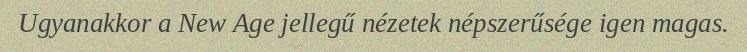
Ugyanakkor a New Age jellegű nézetek népszerűsége igen magas.